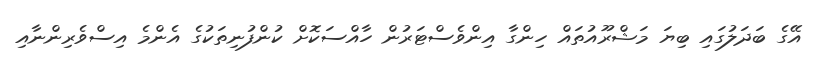
އޭގެ ބަދަލުގައި ބިޔަ މަޝްރޫއުތައް ހިންގާ އިންވެސްޓަރުން ހާއްސަކޮށް ކުންފުނިތަކުގެ އެންމެ އިސްވެރިންނާއި